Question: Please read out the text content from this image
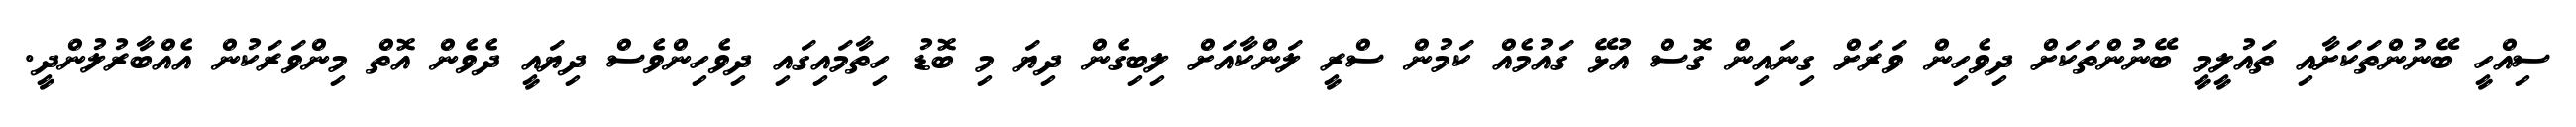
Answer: ސިއްހީ ބޭނުންތަކަށާއި ތައުލީމީ ބޭނުންތަކަށް ދިވެހިން ވަރަށް ގިނައިން ގޮސް އުޅޭ ގައުމެއް ކަމުން ސްރީ ލަންކާއަށް ލިބިގެން ދިޔަ މި ބޮޑު ހިތާމައިގައި ދިވެހިންވެސް ދިޔައީ ދެވެން އޮތް މިންވަރަކުން އެއްބާރުލުންދީ.